Morphology and life history of Herpetomonas culicis, Novy, MacNeal and Torrey - Number 57
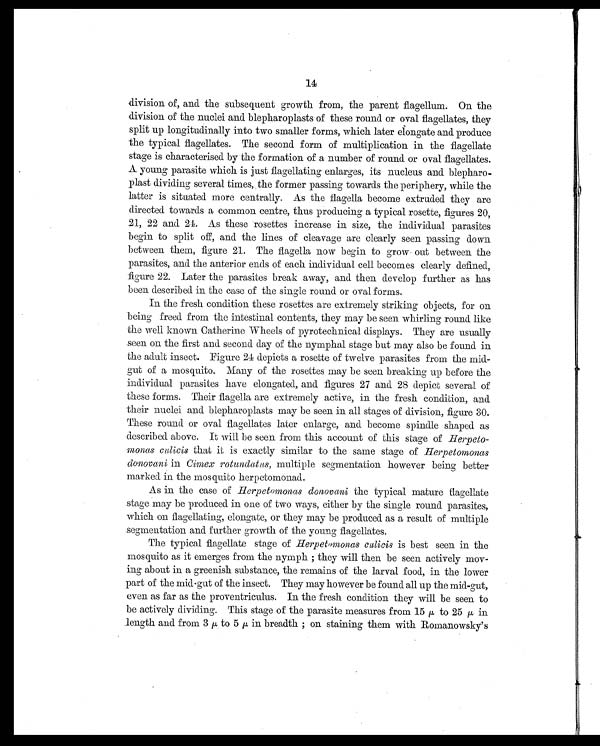
14
division of, and the subsequent growth from, the parent flagellum. On the
division of the nuclei and blepharoplasts of these round or oval flagellates, they
split up longitudinally into two smaller forms, which later elongate and. produce
the typical flagellates. The second form of multiplication in the flagellate
stage is characterised by the formation of a number of round or oval flagellates.
A young parasite which is just flagellating enlarges, its nucleus and. blepharo-
plast dividing several times, the former passing towards the periphery, while the
latter is situated more centrally. As the flagella become extruded they are
directed towards a common centre, thus producing a typical rosette, figures 20,
21, 22 and 24. As these rosettes increase in size, the individual parasites
begin to split off, and the lines of cleavage are clearly seen passing down
between them, figure 21. The flagella now begin to grow out between the
parasites, and the anterior ends of each individual cell becomes clearly defined,
figure 22. Later the parasites break away, and then develop further as has
been described in the case of the single round or oval forms.
In the fresh condition these rosettes are extremely striking objects, for on
being freed from the intestinal contents, they may be seen whirling round like
the well known Catherine Wheels of pyrotechnical displays. They are usually
seen on the first and second day of the nymphal stage but may also be found in
the adult insect. Figure 24 depicts a rosette of twelve parasites from the mid-
gut of a mosquito. Many of the rosettes may be seen breaking up before the
individual parasites have elongated, and figures 27 and 28 depict several of
these forms. Their flagella are extremely active, in the fresh condition, and
their nuclei and blepharoplasts may be seen in all stages of division, figure 30.
These round or oval flagellates later enlarge, and become spindle shaped as
described above. It will be seen from this account of this stage of Herpeto-
monas culicis that it is exactly similar to the same stage of Herpetomonas
donovani in Cimex rotundatus, multiple segmentation however being better
marked in the mosquito herpetomonad.
As in the case of Herpetomonas donovani the typical mature flagellate
stage may be produced in one of two ways, either by the single round parasites,
which on flagellating, elongate, or they may be produced as a result of multiple
segmentation and further growth of the young flagellates.
The typical flagellate stage of Herpetomonas culicis is best seen in the
mosquito as it emerges from the nymph ; they will then be seen actively mov-
ing about in a greenish substance, the remains of the larval food, in the lower
part of the mid-gut of the insect. They may however be found all up the mid-gut,
even as far as the proventriculus. In the fresh condition they will be seen to
be actively dividing. This stage of the parasite measures from 15 μ t o 2 5
μ in
length and from 3 μ to 5 μ in breadth ; on staining them with Romanowsky's